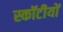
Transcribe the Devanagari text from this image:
स्कॉटीयों